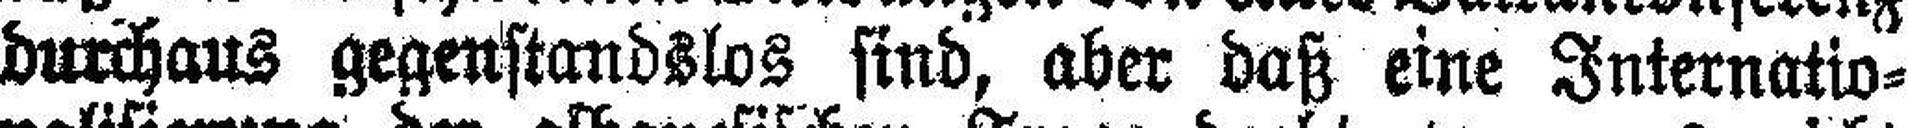
durchaus gegenstandslos sind, aber daß eine Internatio¬